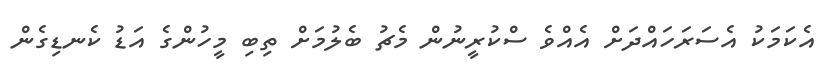
އެކަމަކު އެސަރަަހައްދަށް އެއްވެ ސްކުރީނުން މެޗު ބެލުމަށް ތިބި މީހުންގެ އަޑު ކެނޑިގެން